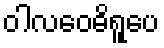
ဝါလဝေဓိရူပေ